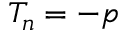
T _ { n } = - p